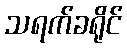
သရက်ခရိုင်